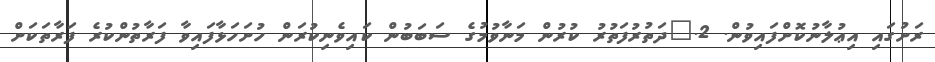
ރަށުގައި އިޢުލާނުކޮށްފައިވުން. 2.	ދަތުރުފަތުރު ކުރުން މަނާވުމުގެ ސަބަބުން ކައިވެނިކުރަން ހުށަހަޅާފައިވާ ފަރާތުންކުރެ ފަރާތަކަށް